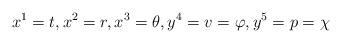
LaTeX: \begin{align*}x^{1}=t,x^{2}=r,x^{3}=\theta ,y^{4}=v=\varphi ,y^{5}=p=\chi \end{align*}